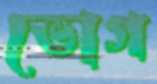
ভোগ